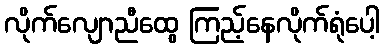
လိုက်လျောညီထွေ ကြည့်နေလိုက်ရုံပေါ့